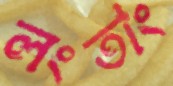
লংতাং